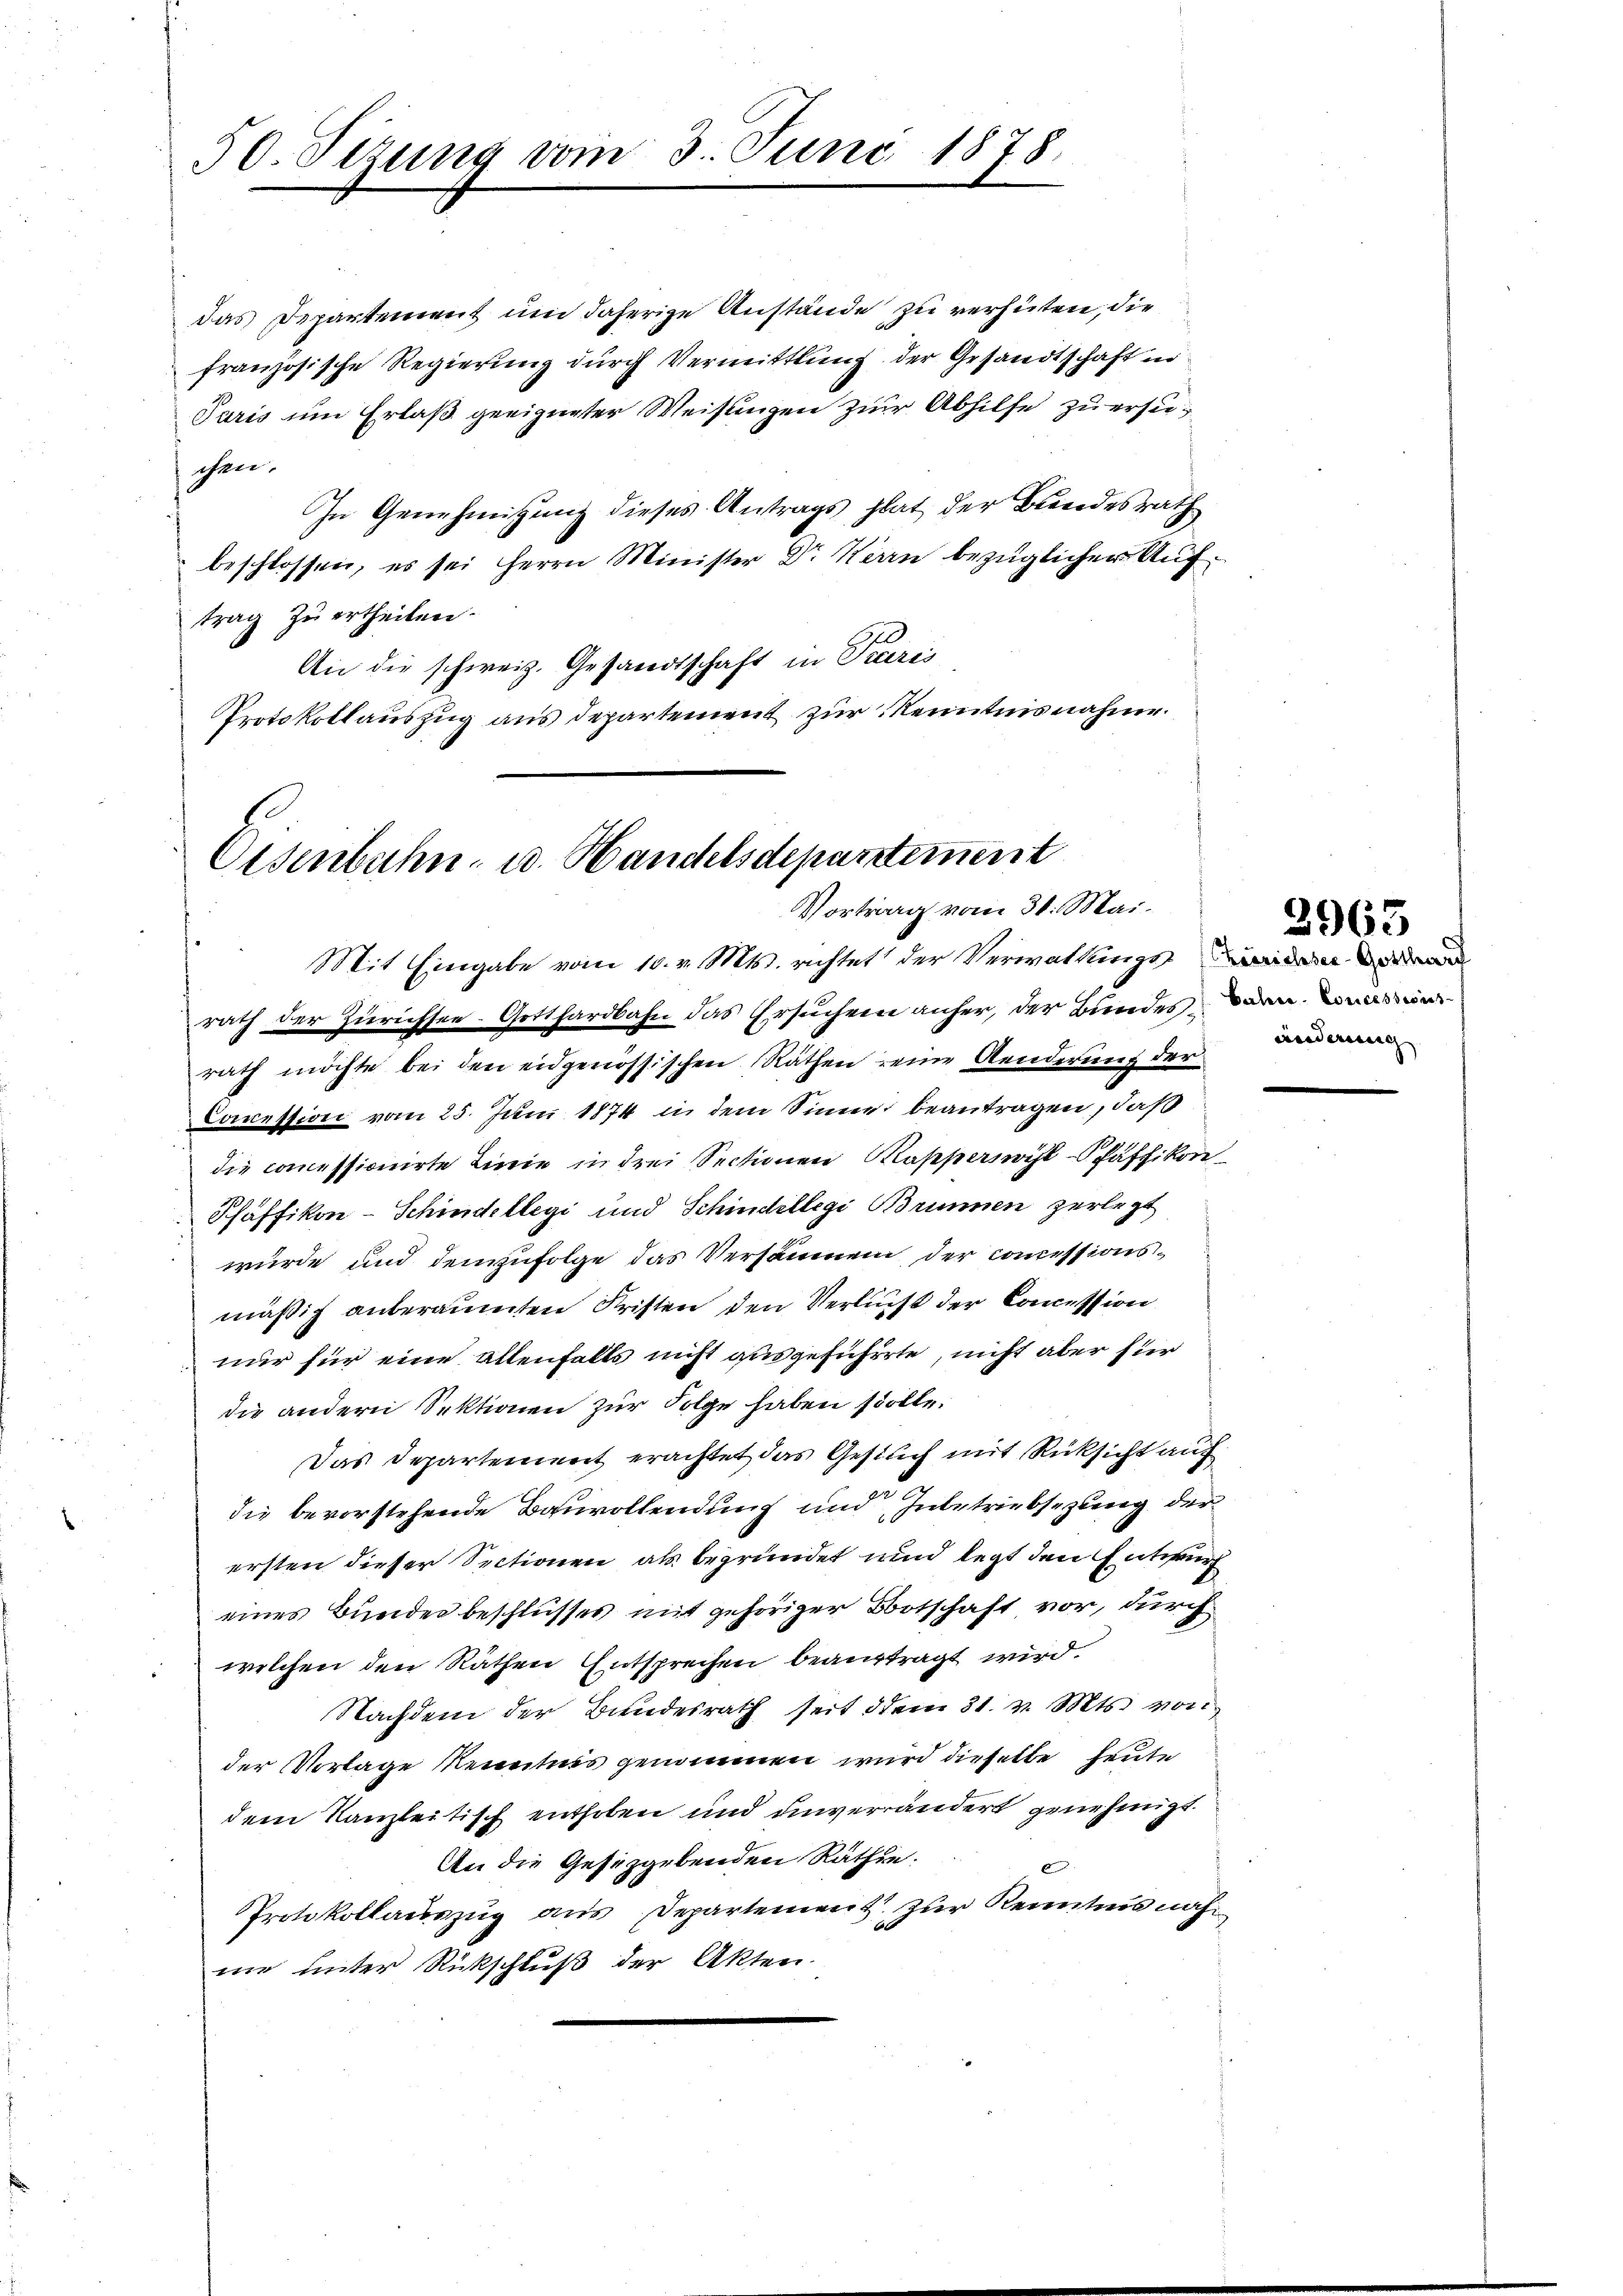
50. Sizung vom 3. Juni 1878.

Eisenbahn- u. Handelsdepartement
Vortrag vom 31. Mai.

das Departement um daherige Anstände zu verhüten, die
französische Regierung durch Vermittlung der Gesandtschaft in
Paris um Erlaß geeigneter Weisungen zur Abhilfe zu ersuchen.
In Genehmigung dieses Antrags hat der Brandesrath
beschlossen, es sei Herrn Minister Dr. Herrn bezüglicher Auftrag zu ertheilen.
An die schweiz. Gesandtschaft in Paris
Protokollauszug aus departement zur Kenntnisnahme.

Mit Eingabe vom 10. v. Mts. richtet der Verwaltungs
rath der Zürichsee-Gotthardbahn das Ersuchern anher, der Bundes dann man
rath möchte bei den eidgenössischen Räthen eine Aenderung der
Coccession vom 25. Juni 1874 in dem Sinne beantragen, daß
die commissionirte Linie in drei Sectionen Kapperswil-Pfäffikon
Pfäffikon-Schindellegi und Schindellegi Brunnen zerlegt
würde und demzufolge das Versäumen, der commissionsmäßig anteräumten Fristen den Verlust der Concession
nur für eine allenfalls nicht ausgeführte, nicht aber für
die andern Sektionen zur Folge haben solle.
Das Departement erachtet das Gesuch mit Rücksicht auch
die bevorstehende Bauvollendung und Inbetriebsezung der
ersten dieser Sectionen als begründet und legt den Entwurf
eines Bunder beschlusses mit gehöriger Botschaft vor, durch
welchen den Räthen Entsprechen beauftragt wird.
Nachdem der Bundesrath seit dem 31. v. Mts. von
der Vorlage Renntnis genommen wird dieselbe heute
dem Kanzleitisch enthoben und unverändert genehmigt.
An die Gesetzgebenden Räthin.
6
Protokollauszug aus Departement zur Kenntnis näh
ne unter Rückschluß der Akten.

aederung |

2965